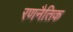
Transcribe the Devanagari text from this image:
रणनैतिक